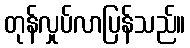
တုန်လှုပ်လာပြန်သည်။